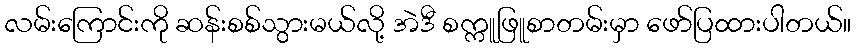
လမ်းကြောင်းကို ဆန်းစစ်သွားမယ်လို့ အဲဒီ စက္ကူဖြူစာတမ်းမှာ ဖော်ပြထားပါတယ်။